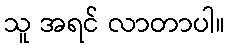
သူ အရင် လာတာပါ။